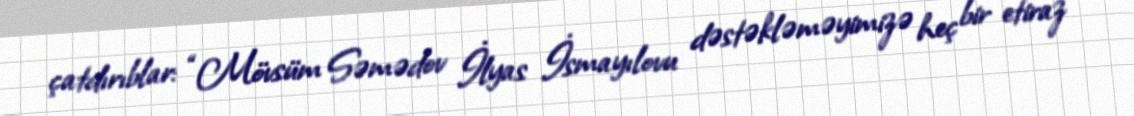
çatdırıblar: “Mövsüm Səmədov İlyas İsmayılovu dəstəkləməyimizə heç bir etiraz